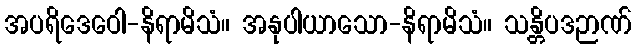
အပရိဒေဝေါ-နိရာမိသံ။ အနုပါယာသော-နိရာမိသံ။ သန္တိပဒဉာဏ်